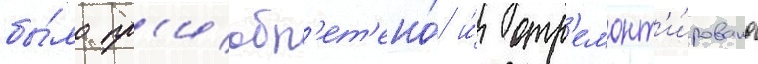
бы́ло пр'иобр'ет'ено́ и́ отр'емонт'и́ровано